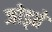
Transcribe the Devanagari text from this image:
जोड्ते